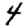
Digit: 4